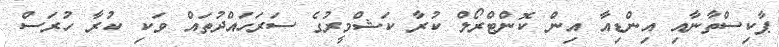
ޕާކިސްތާނާއި އިންޑިއާ އިން ކޮންޓްރޯލް ކުރާ ކަޝްމީރުގެ ސަރަހައްދުތައް ވަކި ކުރާ ހުރަސް